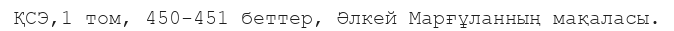
ҚСЭ,1 том, 450-451 беттер, Әлкей Марғұланның мақаласы.